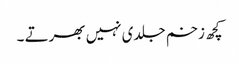
کچھ زخم جلدی نہیں بھرتے ۔